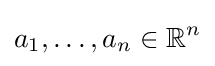
a_{1},\dots ,a_{n}\in \mathbb {R} ^{n}